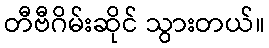
တီဗီဂိမ်းဆိုင် သွားတယ်။